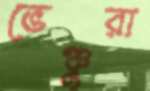
ভেঞ্চুরা